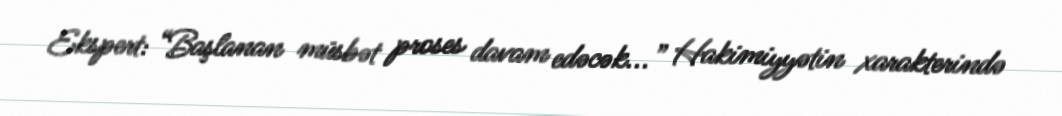
Ekspert: “Başlanan müsbət proses davam edəcək...” Hakimiyyətin xarakterində